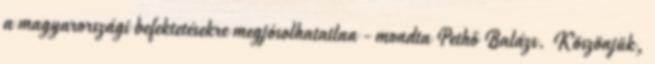
a magyarországi befektetésekre megjósolhatatlan - mondta Pethő Balázs. Köszönjük,